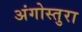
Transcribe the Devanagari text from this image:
अंगोस्तुरा